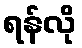
ရန်လို